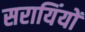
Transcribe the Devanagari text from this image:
सरायिंयों